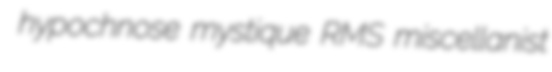
hypochnose mystique RMS miscellanist